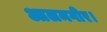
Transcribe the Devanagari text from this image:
आलमगीर।